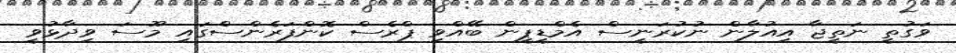
ވަގުތީ ނަތީޖާ އިއުލާން ނުކުރަނީސް އެމްޑީޕީން ބޭއްވި ޕްރެސް ކޮންފަރެންސްގައި މޫސަ ވިދާޅުވީ